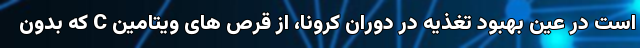
است در عین بهبود تغذیه در دوران کرونا، از قرص های ویتامین C که بدون